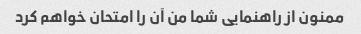
ممنون از راهنمایی شما من آن را امتحان خواهم کرد